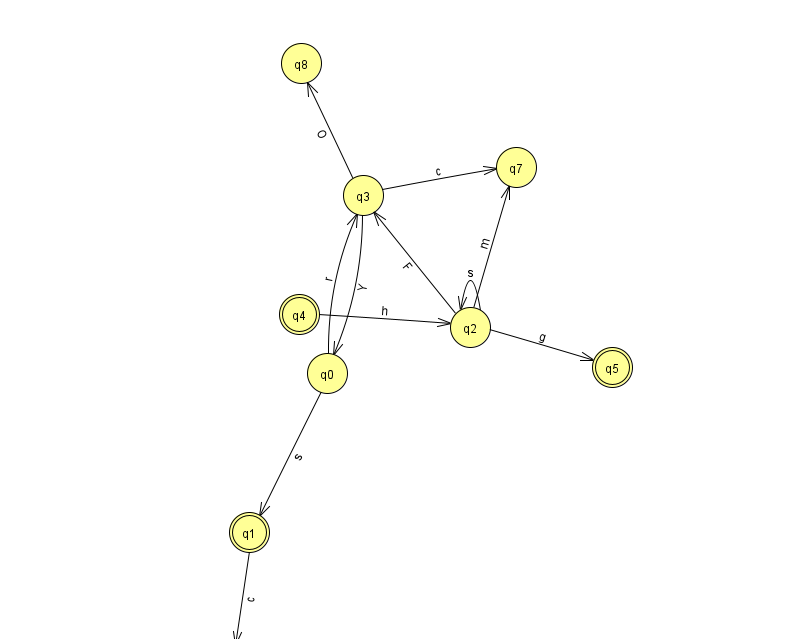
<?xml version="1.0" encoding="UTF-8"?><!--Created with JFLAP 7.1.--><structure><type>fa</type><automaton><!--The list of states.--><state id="0" name="q0"><x>327.0</x><y>360.0</y></state><state id="1" name="q1"><x>249.0</x><y>519.0</y><final/></state><state id="2" name="q2"><x>470.0</x><y>314.0</y></state><state id="3" name="q3"><x>363.0</x><y>182.0</y></state><state id="4" name="q4"><x>299.0</x><y>301.0</y><final/></state><state id="5" name="q5"><x>612.0</x><y>354.0</y><final/></state><state id="6" name="q6"><x>230.0</x><y>651.0</y><initial/></state><state id="7" name="q7"><x>516.0</x><y>154.0</y></state><state id="8" name="q8"><x>301.0</x><y>50.0</y></state><!--The list of transitions.--><transition><from>0</from><to>1</to><read>s</read></transition><transition><from>2</from><to>2</to><read>s</read></transition><transition><from>3</from><to>8</to><read>O</read></transition><transition><from>3</from><to>0</to><read>Y</read></transition><transition><from>4</from><to>2</to><read>h</read></transition><transition><from>1</from><to>6</to><read>c</read></transition><transition><from>3</from><to>7</to><read>c</read></transition><transition><from>0</from><to>3</to><read>r</read></transition><transition><from>2</from><to>3</to><read>F</read></transition><transition><from>2</from><to>5</to><read>g</read></transition><transition><from>2</from><to>7</to><read>m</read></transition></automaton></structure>